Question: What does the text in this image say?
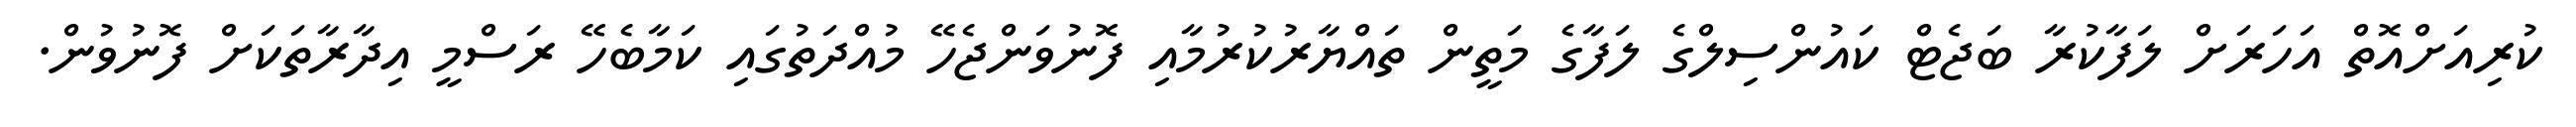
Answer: ކުރިއަށްއޮތް އަހަރަށް ލަފާކުރާ ބަޖެޓް ކައުންސިލްގެ ލަފާގެ މަތީން ތައްޔާރުކުރުމާއި ފޮނުވަންޖެހޭ މުއްދަތުގައި ކަމާބެހޭ ރަސްމީ އިދާރާތަކަށް ފޮނުވުން.